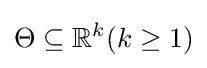
\Theta \subseteq \mathbb {R} ^{k}(k\geq 1)